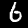
Digit: 6